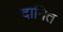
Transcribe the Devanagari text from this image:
दानित